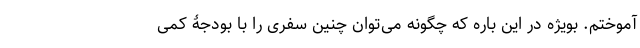
آموختم. بویژه در این باره که چگونه می‌توان چنین سفری را با بودجۀ کمی